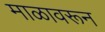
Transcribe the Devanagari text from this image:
माळावरून